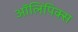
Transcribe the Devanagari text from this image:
ऑलिंपिक्स